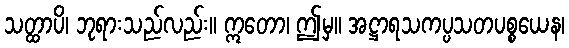
သတ္ထာပိ၊ ဘုရားသည်လည်း။ ဣတော၊ ဤမှ။ အဋ္ဌာရသကပ္ပသတပစ္စယေန၊